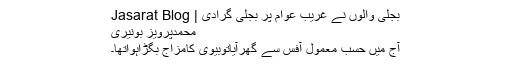
بجلی والوں نے غریب عوام پر بجلی گرادی | Jasarat Blog
محمدپرویز بونیری
ٓآج میں حسب معمول آفس سے گھرآیاتوبیوی کامزاج بگڑاہواتھا۔